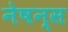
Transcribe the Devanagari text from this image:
नेषन्स